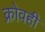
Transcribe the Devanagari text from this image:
क्रोवही